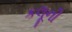
કલૂની